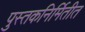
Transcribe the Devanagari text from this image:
पुस्तकनिर्मितीत